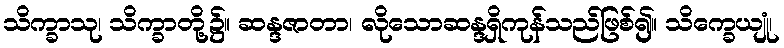
သိက္ခာသု၊ သိက္ခာတို့၌။ ဆန္ဒဇာတာ၊ လိုသောဆန္ဒရှိကုန်သည်ဖြစ်၍။ သိက္ခေယျုံ၊